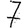
Digit: 7